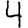
Digit: 4